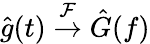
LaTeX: \hat{g}(t)\overset{\mathcal{F}}{\rightarrow}\hat{G}(f)